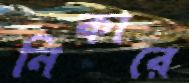
নিকারে